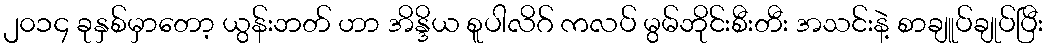
၂၀၁၄ ခုနှစ်မှာတော့ ယွန်းဘတ် ဟာ အိန္ဒိယ စူပါလိဂ် ကလပ် မွမ်ဘိုင်းစီးတီး အသင်းနဲ့ စာချူပ်ချုပ်ပြီး